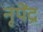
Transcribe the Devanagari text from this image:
नृपेंद्र